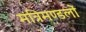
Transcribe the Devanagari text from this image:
मंत्रिमण्डलों